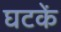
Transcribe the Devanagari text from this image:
घटकें